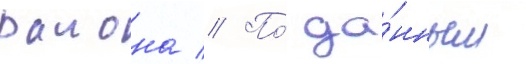
раиона // По́ да́нным